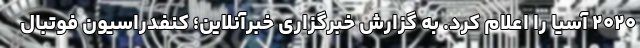
۲۰۲۰ آسیا را اعلام کرد. به گزارش خبرگزاری خبرآنلاین؛ کنفدراسیون فوتبال